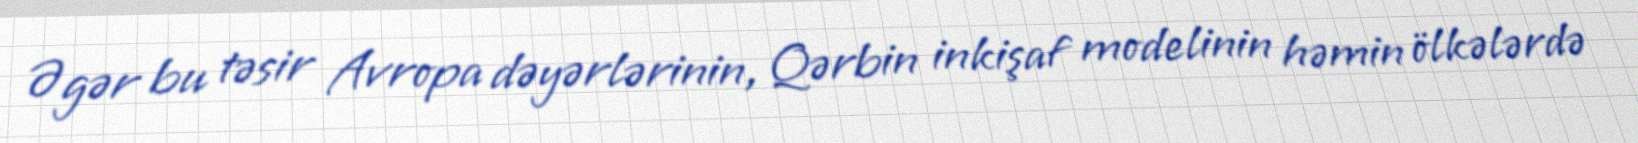
Əgər bu təsir Avropa dəyərlərinin, Qərbin inkişaf modelinin həmin ölkələrdə